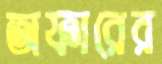
অফারের